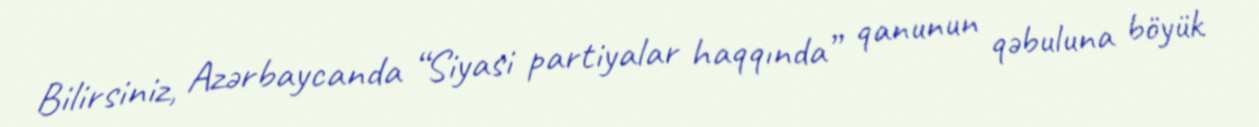
Bilirsiniz, Azərbaycanda “Siyasi partiyalar haqqında” qanunun qəbuluna böyük